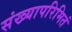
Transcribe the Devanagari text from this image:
संख्यापरिमितं